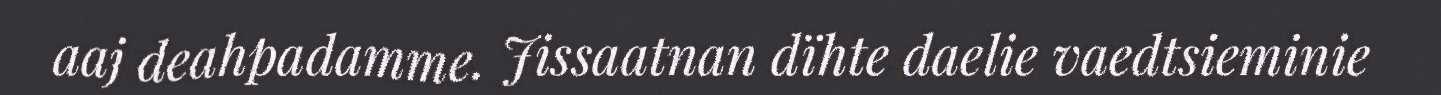
aaj deahpadamme. Jissaatnan dïhte daelie vaedtsieminie